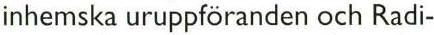
inhemska uruppföranden och Radi-